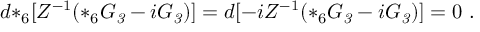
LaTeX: d { * _ { 6 } } [ Z ^ { - 1 } ( * _ { 6 } G _ { \it 3 } - i G _ { \it 3 } ) ] = d [ - i Z ^ { - 1 } ( * _ { 6 } G _ { \it 3 } - i G _ { \it 3 } ) ] = 0 \ .